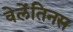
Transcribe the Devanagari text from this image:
वेलेंतिनस